King Institute of Preventive Medicine Micro-Biological Section reports 1909-11
Year: 1909
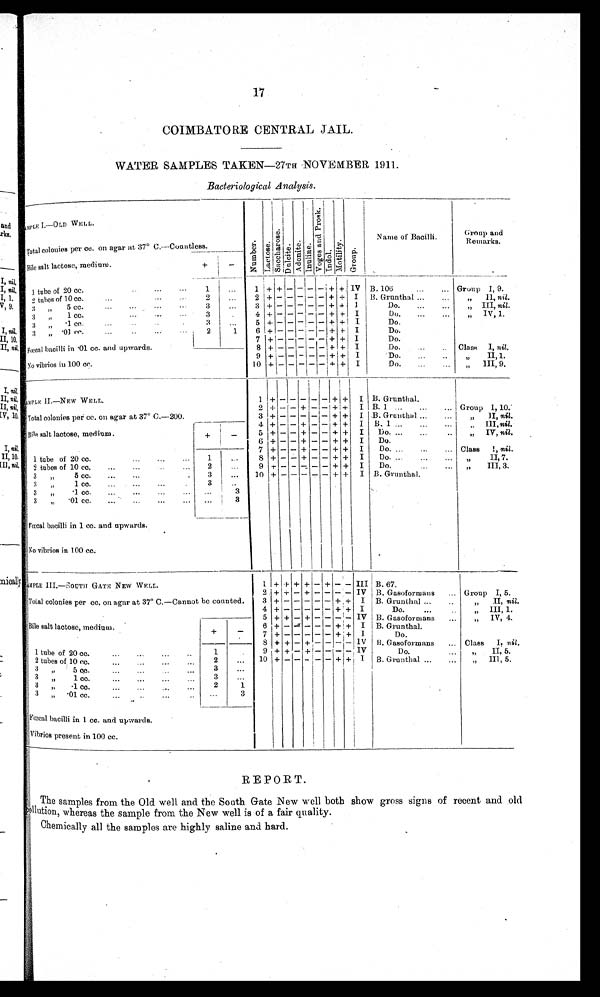
17
COIMBATORE CENTRAL JAIL.
WATER SAMPLES TAKEN —27TH NOVEMBER 1911.
Bacteriological Analysis.
SAMPLE I.—OLD WELL
Number. Lact ose.
Sa c c ha r os e .
Dulcite.
Adoni t e. I nul i ne.
Vo g e s a n d P r o s k .
I n d o l . Mot i l i t y. G r o u p .
Name of Bacilli.
Group and
Remarks.
Total colonies per cc. on agar at 37° C.—Countless.
Bile salt lactose, medium.
+
-
1 tube of 20 cc.
..
...
. . .
1
...
1 + + -
-
- - +
+ I V B. 106
...
... Group I , 9.
2 tubes of 10 cc. ... .
2
...
2 + - - - - - + + I B. Grunthal ... ....
„ II, ni l .
3 „ 5 c c .
- . . .
. . .
. . .
3
...
3 + - - - - - + + I
Do.
...
... „ III, nil.
3 „ 1 cc.
3
. . .
4 + - - -
- - + + I
Do. ... ... „ IV , 1.
3 „.1
cc
..... ..
3
. . .
5 + - - - - - + + I Do.
3 „ .01 cc.
...
.
2
1
6 + .- - - - - + + I
Do.
7 + -
- - - - + + I
Do.
Fœcal baci l l i i n .01 cc.a n d
u p w a r d s .
8 + -
-
- - - + + I
Do.
...
Class I, nil.
9 + - - - - - + + I
Do.
„ II, 1.
N o v i b r i o s i n 1 0 0 c c
.
10 +
- - -
-
- + + I
Do.
...
... „ III,9.
SAMPLE II.—NEW WELL.
1
+ -
- - - -
+ + I B. Grunthal.
Total colonies per cc. on agar at 37° C.—200.
2 + - - + - - + + I B. 1...
.... Group 1, 10.
3
+ -
- - - - + + I. B. Grunthal...
...
„ II, nil.
Bile salt lactose, medium.
+
-
4
+ - - + - - + + I B. 1 ...
...
...
„ III, nil.
5 +
- - + - - + + I Do. ...
...
..
„ IV, nil.
6 + -
- +
- - + + I
Do.
7 + - - + - - + + I
Do. ...
...
... Class I , nil.
1 tube of 20 cc.
1
. . .
8 + - - + - - + + I
Do. ... . . .
. . . „ II, 7.
2 tubes of 10 cc.
...
...
...
... 2
...
9
+ - - - - - + + I
Do.
...
... „ III, 3.
3 „ 5 cc.
..
...
.
3
..
10
+
-
- - - -
+ + I B. Grunthal.
3 „ 1 cc. ..........
3 . . .
3 „ .1 cc.
..
..
. . . .
. . .
3
3 „ .01 cc.
... ... ... ... ...
. . .
3
F œ c a l b a c i l l i i n 1 c c . a n d u p w a r d s .
No vibrios in 100 cc.
SAMPLE III.—SOUTH GATE NEW WELL
1 + + + + - + - - III B. 67.
2 + + - + - - - - IV B. Gasoformans ... Group I, 5.
Total colonies per cc. on agar at 37° C.—Cannot be counted.
3 + - - - - - + + I B. Grunthal ...
..
„ II, nil.
4 + -
- - - -
+ + I
Do.
...
„ III, 1.
Bile salt lactose, medium.
5 + + - + - - - - IV B. Gasoformans
...
„ IV, 4.
+
-
6 + -
- - - - + +
I B. Grunthal.
7 + -
- - - - + +
I
Do.
8 + + - + - - - -
I V B Gasoformans
.. Class I,n i l .
1 tube of 20 cc....
...
...
..
1
.
9 + + - + - - -
-
IV
Do.
... „ II, 5.
2 tubes of 10 cc.
...
...
...
...
2
...
10 + - - - - -
+ + I B. Grunthal ...
...
„ III
, 5.
3 „ 5 cc.
....
...
...
...
3
...
3 „
1 cc.
...
...
...
...
3
. . .
3 „ . 1 c c .
.
2
1
3 „ . 01 cc.
... . .
. . .
. . .
3
Fœcal bacilli in 1 cc. and upwards.
Vibrios present in 100 cc.
REPORT.
The samples from the Old. well and the South Gate New well both show gross signs of recent and old
sollution, whereas the sample from the New well is of a fair quality.
Chemically all the samples are highly saline and hard.